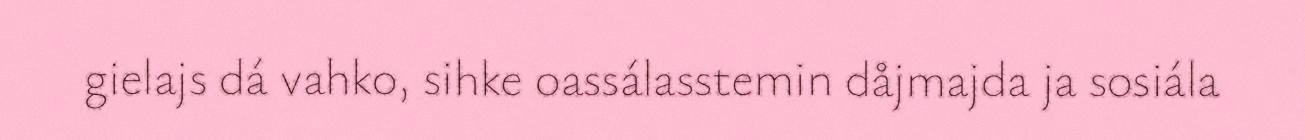
gielajs dá vahko, sihke oassálasstemin dåjmajda ja sosiála